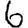
Digit: 6